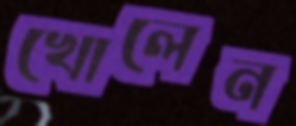
খোলেন